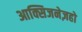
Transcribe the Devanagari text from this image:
आक्सिजनेज़हो